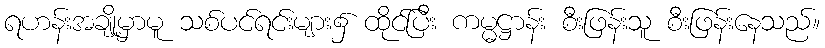
ရဟန်းအချို့မှာမူ သစ်ပင်ရင်းများ၌ ထိုင်ပြီး ကမ္မဋ္ဌာန်း စီးဖြန်းသူ စီးဖြန်းနေသည်။